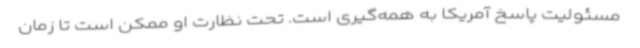
مسئولیت پاسخ آمریکا به همه‌گیری است. تحت نظارت او ممکن است تا زمان